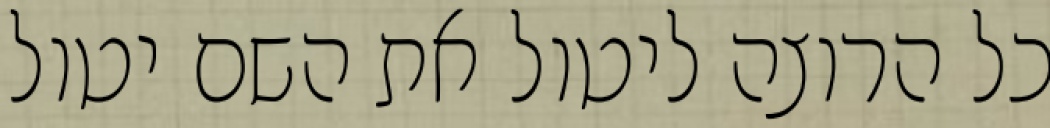
כל הרוצה ליטול את השם יטול